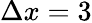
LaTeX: \Delta x=3